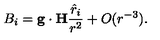
B _ { i } = { \bf g } \cdot { \bf H } { \frac { { \hat { r } } _ { i } } { r ^ { 2 } } } + O ( r ^ { - 3 } ) .